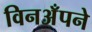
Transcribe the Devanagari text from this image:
विनअँपने